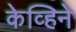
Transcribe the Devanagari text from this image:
केव्हिने